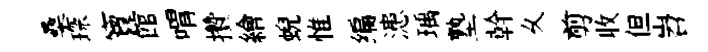
桑琛寶館喟攢繪蜺惟编漶瑀塾幹乆剪收但岧